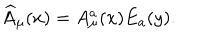
LaTeX: \widehat { A } _ { \mu } ( x ) = A _ { \mu } ^ { a } ( x ) E _ { a } ( y ) .